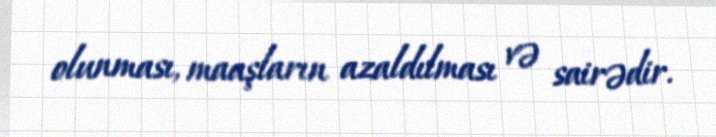
olunması, maaşların azaldılması və sairədir.